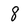
Character: 8